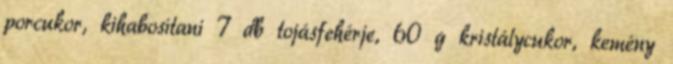
porcukor, kihabosítani 7 db tojásfehérje, 60 g kristálycukor, kemény